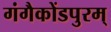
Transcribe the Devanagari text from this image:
गंगैकोंडपुरम्